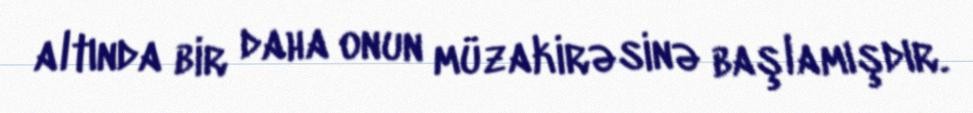
altında bir daha onun müzakirəsinə başlamışdır.